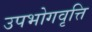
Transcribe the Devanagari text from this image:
उपभोगवृत्ति